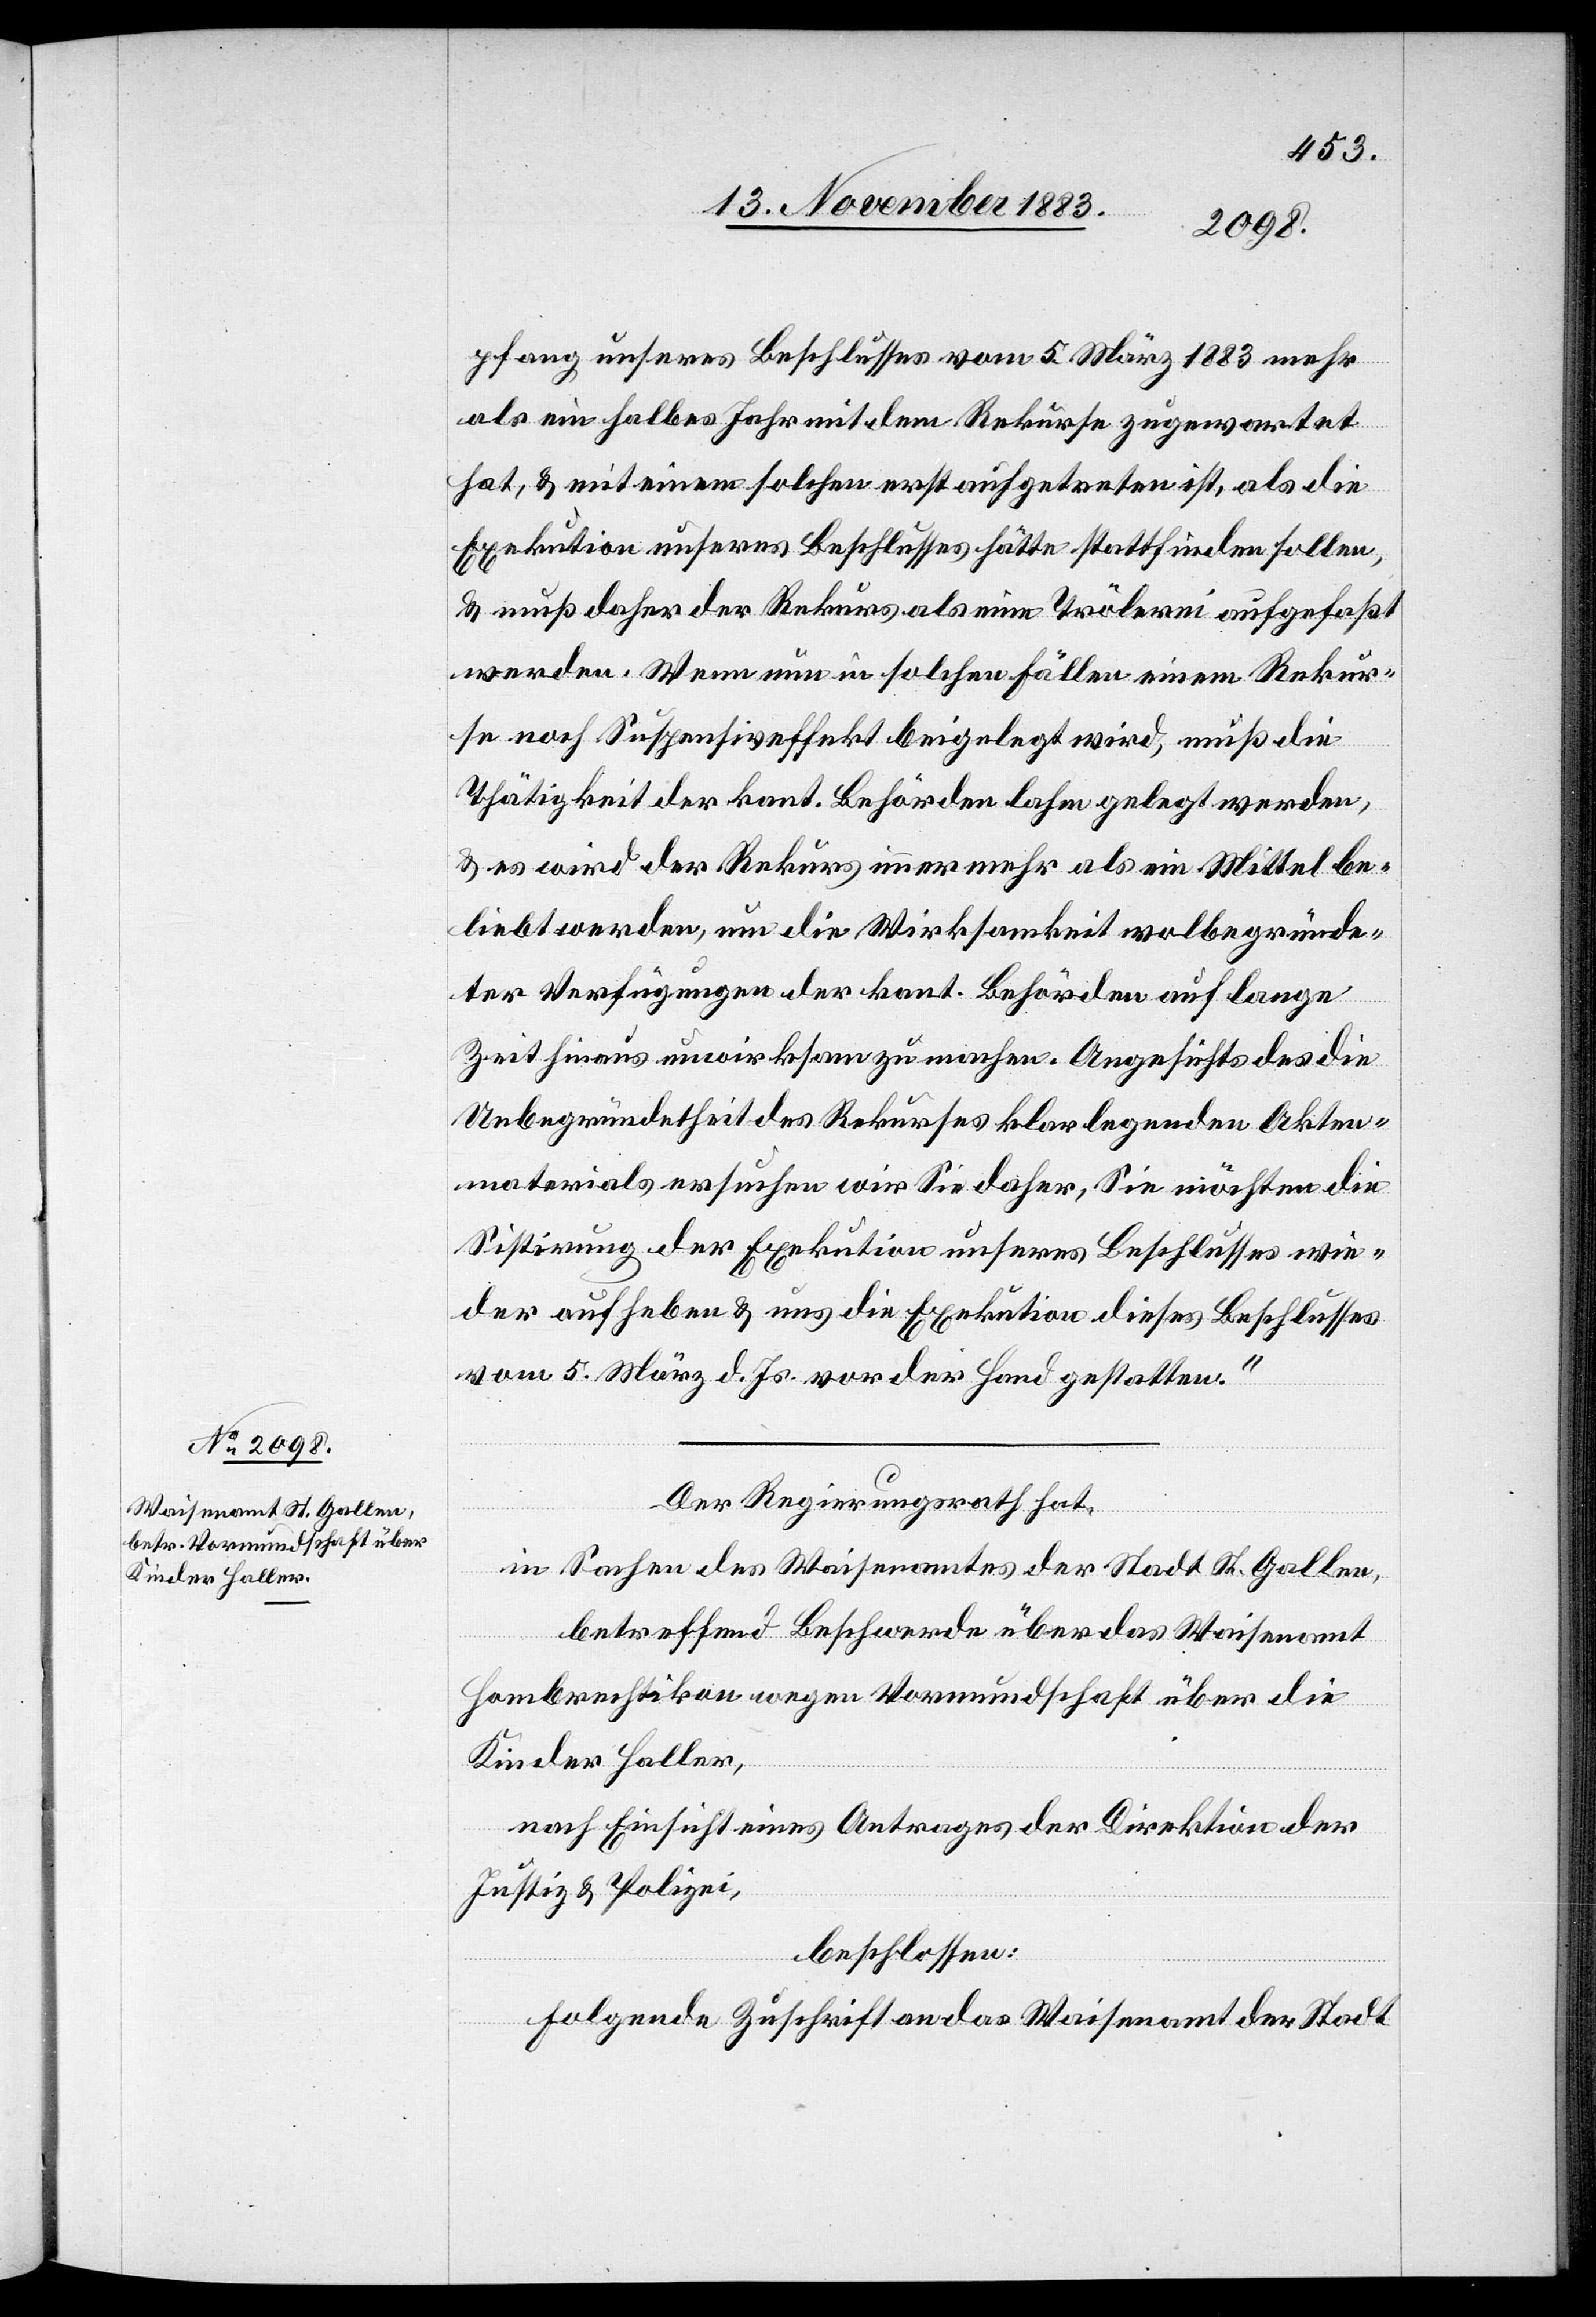
pfang unseres Beschlusses vom 5. März 1883 mehr
als ein halbes Jahr mit dem Rekurse zugewartet
hat, & mit einem solchen erst aufgetreten ist, als die
Exekution unseres Beschlusses hätte stattfinden sollen,
& muß daher der Rekurs als eine Trölerei aufgefaßt
werden. Wenn nun in solchen Fällen einem Rekur¬
se noch Suspensiveffekt beigelegt wird, muß die
Thätigkeit der kant. Behörden lahm gelegt werden,
& es wird der Rekurs immer mehr als ein Mittel be¬
liebt werden, um die Wirksamkeit wolbegründe¬
ter Verfügungen der kant. Behörden auf lange
Zeit hinaus unwirksam zu machen. Angesichts des die
Unbegründetheit des Rekurses klarlegenden Akten¬
materials ersuchen wir Sie daher, Sie möchten die
Sistirung der Exekution unseres Beschlusses wie¬
der aufheben & uns die Exekution dieses Beschlusses
vom 5. März d. Js. vor der Hand gestatten.“
Der Regierungsrath hat,
in Sachen des Waisenamtes der Stadt St. Gallen,
betreffend Beschwerde über das Waisenamt
Hombrechtikon wegen Vormundschaft über die
Kinder Haller,
nach Einsicht eines Antrages der Direktion der
Justiz & Polizei,
beschlossen:
Folgende Zuschrift an das Waisenamt der Stadt